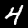
Digit: 4